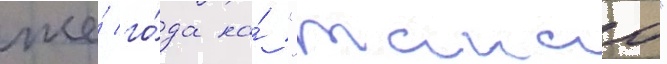
же́ го́да на́ "такао"